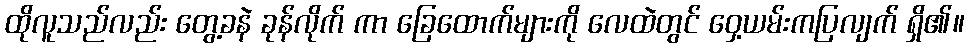
ထိုလူသည်လည်း တွေ့ခနဲ ခုန်လိုက် ကာ ခြေထောက်များကို လေထဲတွင် ဝှေ့ယမ်းကပြလျက် ရှိ၏။